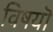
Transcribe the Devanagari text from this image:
विषयॊ